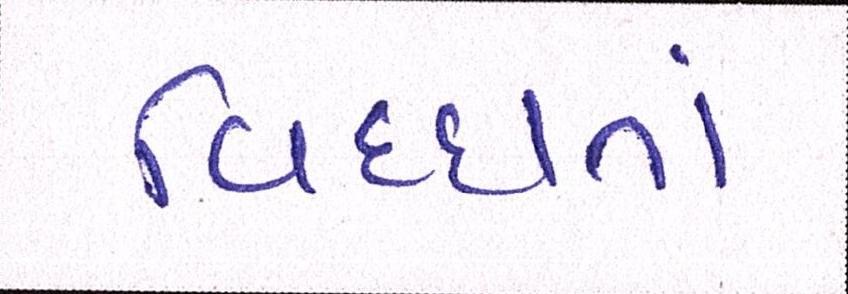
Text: વિધ્ધમાં